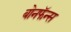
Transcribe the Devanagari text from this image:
बोनफॅन्स